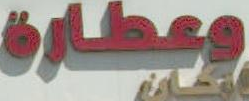
وعطارة